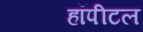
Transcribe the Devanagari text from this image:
हॉपीटल